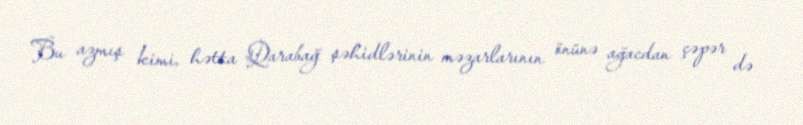
Bu azmış kimi, hətta Qarabağ şəhidlərinin məzarlarının önünə ağacdan çəpər də